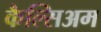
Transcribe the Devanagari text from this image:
कैल्सिअम